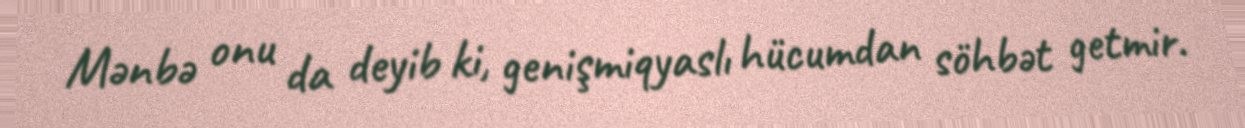
Mənbə onu da deyib ki, genişmiqyaslı hücumdan söhbət getmir.